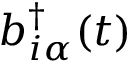
b _ { i \alpha } ^ { \dagger } ( t )